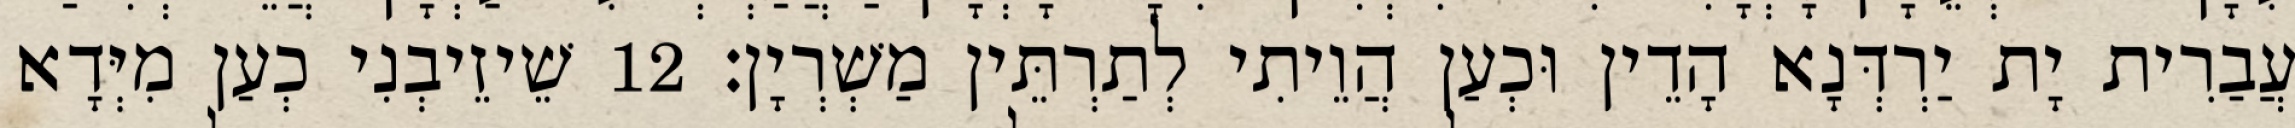
עֲבַרִית יָת יַרְדְּנָא הָדֵין וּכְעַן הֲוֵיתִי לְתַרְתֵּין מַשְׁרְיָן׃ 12 שֵׁיזֵיבְנִי כְעַן מִיְּדָא